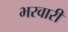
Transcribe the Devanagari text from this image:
भरवारी